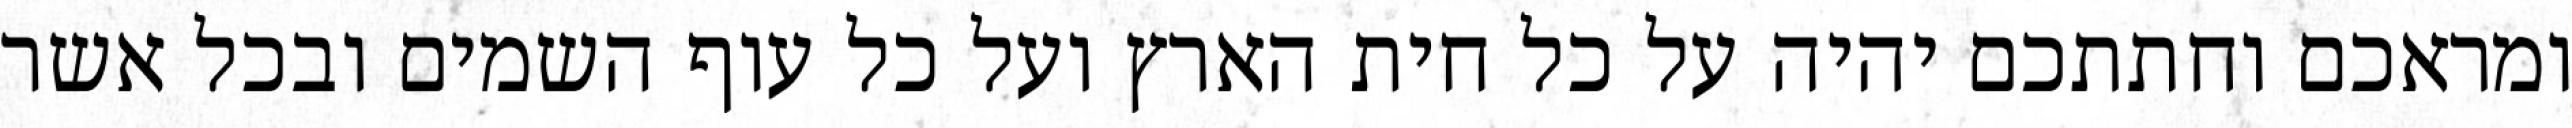
ומראכם וחתתכם יהיה על כל חית הארץ ועל כל עוף השמים ובכל אשר